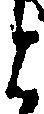
と